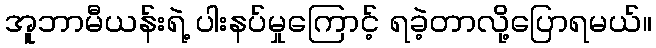
အူဘာမီယန်းရဲ့ ပါးနပ်မှုကြောင့် ရခဲ့တာလို့ပြောရမယ်။